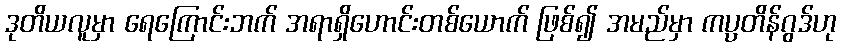
ဒုတိယလူမှာ ရေကြောင်းဘက် အရာရှိဟောင်းတစ်ယောက် ဖြစ်၍ အမည်မှာ ကပ္ပတိန်ဂွဒ်ဟု